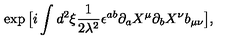
\exp \big [ i \int d ^ { 2 } \xi { \frac { 1 } { 2 \lambda ^ { 2 } } } \epsilon ^ { a b } \partial _ { a } X ^ { \mu } \partial _ { b } X ^ { \nu } b _ { \mu \nu } \big ] ,